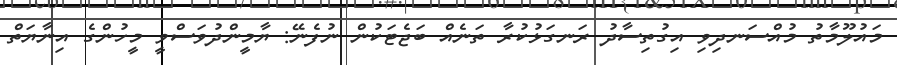
މައުލޫމާތު މުއްސަނދިވި އިގުތިސާދު ރަނގަޅުކުރާ ތަނެއް ބަޖެޓަކުން ނުފެނޭ: ޔާމީންދުވަސްވީ މީހުންގެ އިނާޔަތް